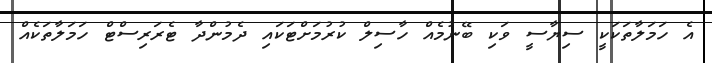
އެ ހަމަލާތަކަކީ ސިޔާސީ ވަކި ބޭނުމެއް ހާސިލް ކުރުމަށްޓަކައި ދެމުންދާ ޓެރަރިސްޓް ހަމަލާތަކެއް